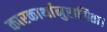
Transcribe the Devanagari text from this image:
कारकार्थानुराजिता।